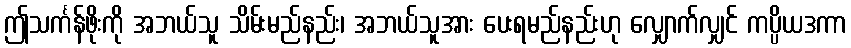
ဤသင်္ကန်ဖိုးကို အဘယ်သူ သိမ်းမည်နည်း၊ အဘယ်သူအား ပေးရမည်နည်းဟု လျှောက်လျှင် ကပ္ပိယဒကာ